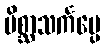
မိစ္ဆာသင်္ကပ္ပေ